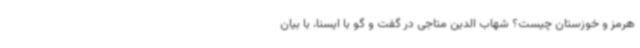
هرمز و خوزستان چیست؟ شهاب الدین متاجی در گفت و گو با ایسنا، با بیان